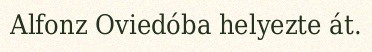
Alfonz Oviedóba helyezte át.